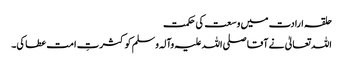
حلقہ ارادت میں وسعت کی حکمت
اللہ تعالیٰ نے آقا صلی اللہ علیہ وآلہ وسلم کو کثرتِ امت عطا کی۔